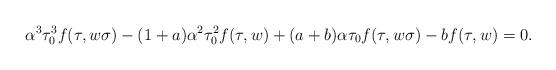
LaTeX: \begin{align*}\alpha^3\tau_0^3f(\tau, w\sigma) - (1 + a)\alpha^2 \tau_0^2f(\tau, w) + (a + b)\alpha\tau_0f(\tau, w\sigma) - bf(\tau, w) = 0 .\end{align*}